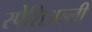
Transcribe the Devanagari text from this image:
स्पेशिअल्ली